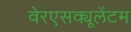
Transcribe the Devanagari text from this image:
वेरएसक्यूलेंटम